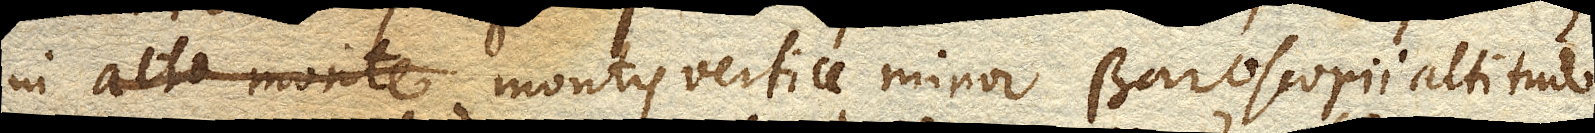
in alto monte montis vertice minor Baroscopii altitudo,